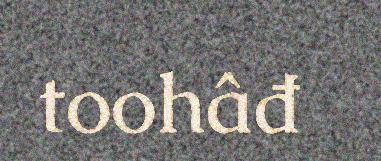
toohâđ